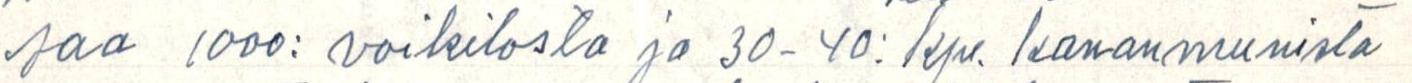
saa 1000:- voikilosta ja 30-40: kpl. kananmunista